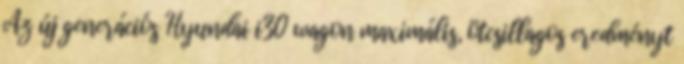
Az új generációs Hyundai i30 wagon maximális, ötcsillagos eredményt